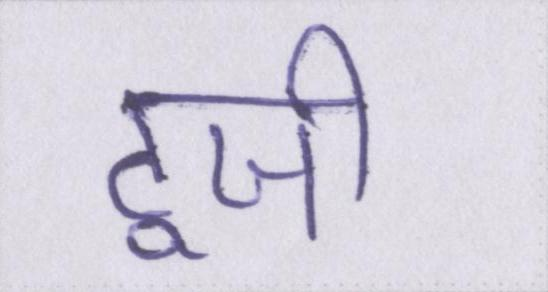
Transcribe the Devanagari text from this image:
टूजी